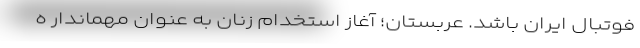
فوتبال ایران باشد. عربستان؛ آغاز استخدام زنان به عنوان مهماندار ه